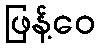
ဖြန့်ဝေ